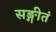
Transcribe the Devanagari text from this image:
सङ्गीतं